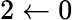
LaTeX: {2\leftarrow 0}